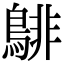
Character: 𪁹